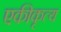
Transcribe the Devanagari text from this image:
एकीकृत्य